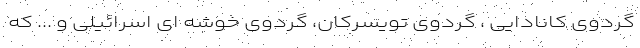
گردوی کانادایی ، گردوی تویسرکان، گردوی خوشه ای اسرائیلی و ... که